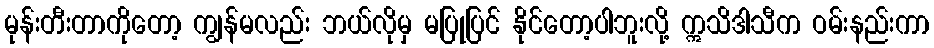
မုန်းတီးတာကိုတော့ ကျွန်မလည်း ဘယ်လိုမှ မပြုပြင် နိုင်တော့ပါဘူးလို့ ဣသိဒါသီက ဝမ်းနည်းကာ